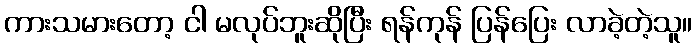
ကားသမားတော့ ငါ မလုပ်ဘူးဆိုပြီး ရန်ကုန် ပြန်ပြေး လာခဲ့တဲ့သူ။